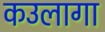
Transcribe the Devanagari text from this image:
कउलागा